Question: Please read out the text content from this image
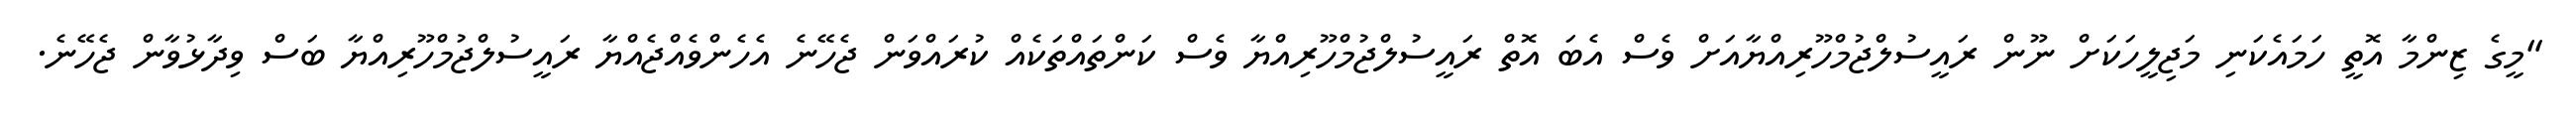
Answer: "މީގެ ޒިންމާ އޮތީ ހަމައެކަނި މަޖިލީހަކަށް ނޫން ރައީސުލްޖުމްހޫރިއްޔާއަށް ވެސް އެބަ އޮތް ރައީސުލްޖުމްހޫރިއްޔާ ވެސް ކަންތައްތަކެއް ކުރައްވަން ޖެހޭނެ އެހެންވެއްޖެއްޔާ ރައީސުލްޖުމްހޫރިއްޔާ ބަސް ވިދާޅުވާން ޖެހޭނެ.